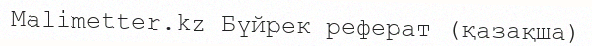
Malimetter.kz Бүйрек реферат (қазақша)